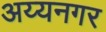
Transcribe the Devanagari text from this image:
अय्यनगर